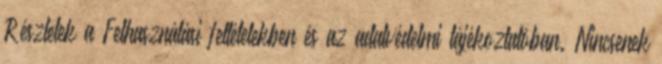
Részletek a Felhasználási feltételekben és az adatvédelmi tájékoztatóban. Nincsenek